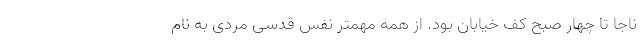
ناجا تا چهار صبح کف خیابان بود. از همه مهمتر نفس قدسی مردی به نام